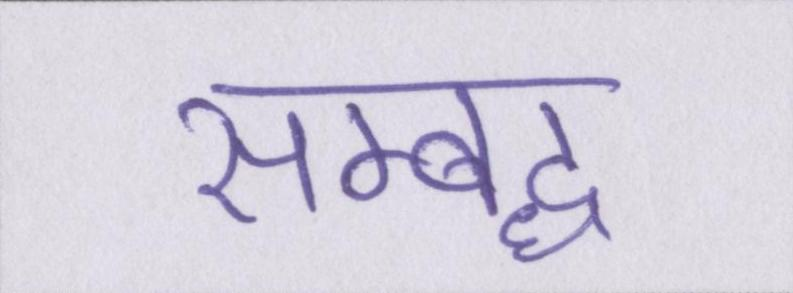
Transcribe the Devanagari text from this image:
सम्बध्द